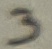
Text: 3